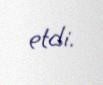
etdi.